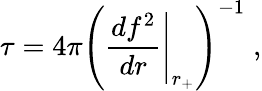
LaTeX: \tau=4\pi\left(\left.\frac{df^{2}}{dr}\right|_{r_{+}}\right)^{-1}\; ,